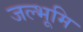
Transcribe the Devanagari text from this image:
जल्भूमि